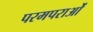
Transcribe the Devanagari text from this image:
परमपराओं